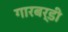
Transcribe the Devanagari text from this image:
गारबर्डी